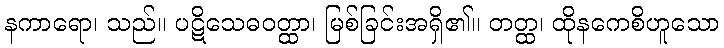
နကာရော၊ သည်။ ပဋိသေဓဝတ္ထာ၊ မြစ်ခြင်းအရှိ၏။ တတ္ထ၊ ထိုနကေစိဟူသော